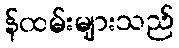
န်ထမ်းများသည်